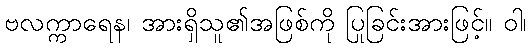
ဗလက္ကာရေန၊ အားရှိသူ၏အဖြစ်ကို ပြုခြင်းအားဖြင့်။ ဝါ၊